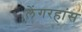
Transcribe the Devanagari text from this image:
लेंगरहांस